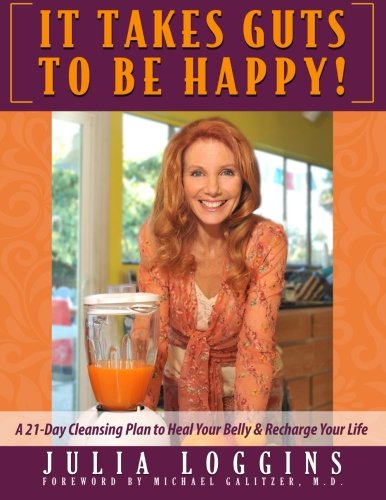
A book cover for It Takes Guts To Be Happy: A 21 Day Cleansing Plan To Heal Your Belly & Recharge Your Life; Julia Loggins; Health, Fitness & Dieting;